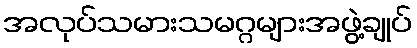
အလုပ်သမားသမဂ္ဂများအဖွဲ့ချုပ်